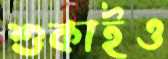
শুকাইও